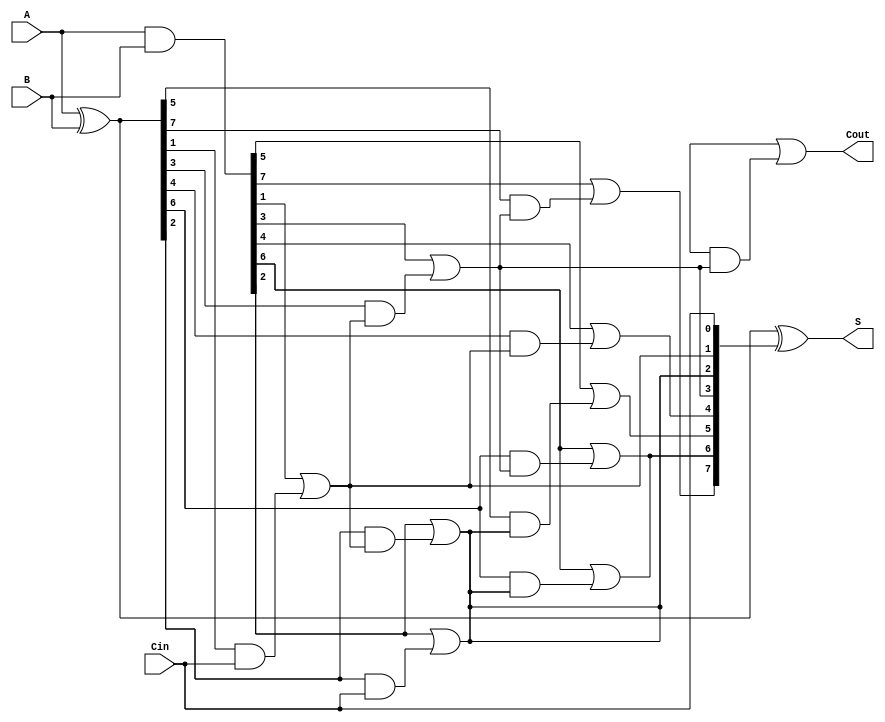
module BrentKungAdder #(parameter N = 8) (
    input [N-1:0] A,    // First n-bit binary number
    input [N-1:0] B,    // Second n-bit binary number
    input Cin,          // Carry input
    output [N-1:0] S,   // n-bit sum output
    output Cout         // Carry output
);

    // Generate and propagate signals
    wire [N-1:0] G, P;
    assign G = A & B;              // Generate signal G_i = A_i & B_i
    assign P = A ^ B;              // Propagate signal P_i = A_i ^ B_i

    // Carry signals
    wire [N:0] C;                  // C[0] = Cin, C[N] = Cout
    assign C[0] = Cin;             // Initial carry input

    genvar i;
    // Carry generation - Level 0 to Level log(N)
    // Level 1
    generate
        for (i = 0; i < N/2; i = i + 1) begin: level1
            assign C[2*i+1] = G[2*i+1] | (P[2*i+1] & C[i]); // C_{2i+1}
            assign C[2*i+2] = G[2*i+2] | (P[2*i+2] & C[i]); // C_{2i+2}
        end
    endgenerate
    
    // Level 2
    generate
        for (i = 0; i < N/4; i = i + 1) begin: level2
            assign C[4*i+2] = G[4*i+2] | (P[4*i+2] & C[2*i+1]); // C_{4i+2}
            assign C[4*i+3] = G[4*i+3] | (P[4*i+3] & C[2*i+1]); // C_{4i+3}
        end
    endgenerate

    // Further levels could be added (Level 3, etc.) based on the parameter N

    // Final carry output
    assign Cout = C[N];

    // Sum calculation
    assign S = P ^ C[N-1:0];       // S_i = P_i ^ C_i

endmodule